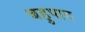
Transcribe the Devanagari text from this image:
बहुपाद